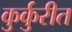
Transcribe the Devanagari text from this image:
कुर्कुरीत